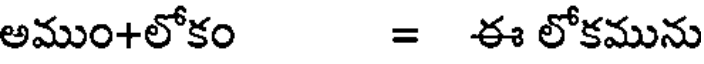
అముం+లోకం = ఈ లోకమును